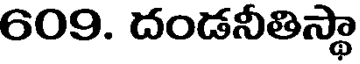
609. దండనీతిస్థా